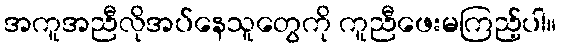
အကူအညီလိုအပ်နေသူတွေကို ကူညီဖေးမကြည့်ပါ။